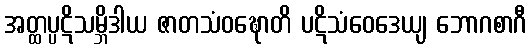
အတ္ထပ္ပဋိသမ္ဘိဒါယ ဇာတသံဝဍ္ဎောတိ ပဋိသံဝေဒေယျ ဘောဂစာဂီ